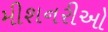
મીશનરીઓ